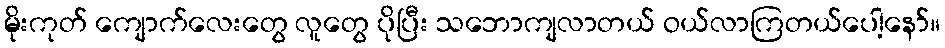
မိုးကုတ် ကျောက်လေးတွေ လူတွေ ပိုပြီး သဘောကျလာတယ် ဝယ်လာကြတယ်ပေါ့နော်။